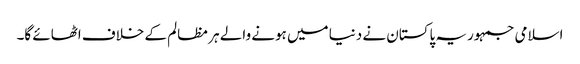
اسلامی جمہوریہ پاکستان نے دنیا میں ہونے والے ہر مظالم کے خلاف اٹھائے گا۔